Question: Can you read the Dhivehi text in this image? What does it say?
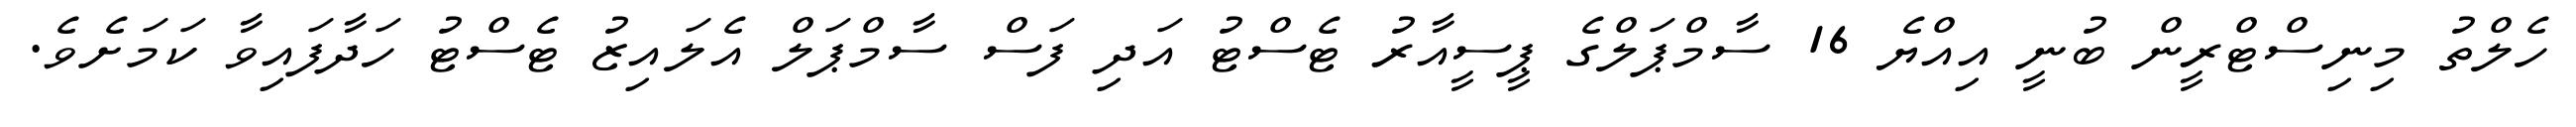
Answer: ހެލްތު މިނިސްޓްރީން ބުނީ އިއްޔެ 16 ސާމްޕަލްގެ ޕީސީއާރު ޓެސްޓު އަދި ފަސް ސާމްޕަލް އެލައިޒު ޓެސްޓު ހަދާފައިވާ ކަމަށެވެ.